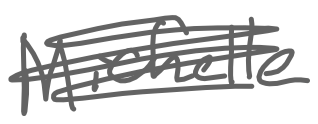
Text: Michelle
Cross-out: scratch
Writing tool: digital_gray